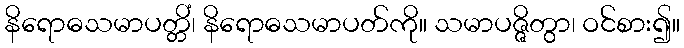
နိရောဓသမာပတ္တိံ၊ နိရောဓသမာပတ်ကို။ သမာပဇ္ဇိတွာ၊ ဝင်စား၍။